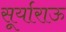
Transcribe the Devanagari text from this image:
सूर्याराऊ